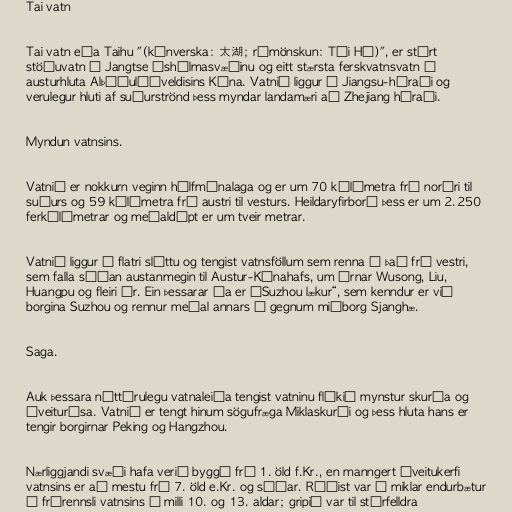
Tai vatn

Tai vatn eða Taihu "(kínverska: 太湖; rómönskun: Tài Hú)", er stórt
stöðuvatn á Jangtse óshólmasvæðinu og eitt stærsta ferskvatnsvatn í
austurhluta Alþýðulýðveldisins Kína. Vatnið liggur í Jiangsu-héraði og
verulegur hluti af suðurströnd þess myndar landamæri að Zhejiang héraði.

Myndun vatnsins.

Vatnið er nokkurn veginn hálfmánalaga og er um 70 kílómetra frá norðri til
suðurs og 59 kílómetra frá austri til vesturs. Heildaryfirborð þess er um 2.250
ferkílómetrar og meðaldýpt er um tveir metrar.

Vatnið liggur á flatri sléttu og tengist vatnsföllum sem renna í það frá vestri,
sem falla síðan austanmegin til Austur-Kínahafs, um árnar Wusong, Liu,
Huangpu og fleiri ár. Ein þessarar áa er „Suzhou lækur“, sem kenndur er við
borgina Suzhou og rennur meðal annars í gegnum miðborg Sjanghæ.

Saga.

Auk þessara náttúrulegu vatnaleiða tengist vatninu flókið mynstur skurða og
áveiturása. Vatnið er tengt hinum sögufræga Miklaskurði og þess hluta hans er
tengir borgirnar Peking og Hangzhou.

Nærliggjandi svæði hafa verið byggð frá 1. öld f.Kr., en manngert áveitukerfi
vatnsins er að mestu frá 7. öld e.Kr. og síðar. Ráðist var í miklar endurbætur
á frárennsli vatnsins á milli 10. og 13. aldar; gripið var til stórfelldra